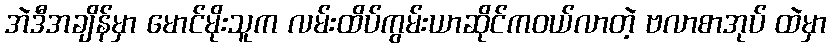
အဲဒီအချိန်မှာ မောင်မိုးသူက လမ်းထိပ်ကွမ်းယာဆိုင်ကဝယ်လာတဲ့ ဗလာစာအုပ် ထဲမှာ